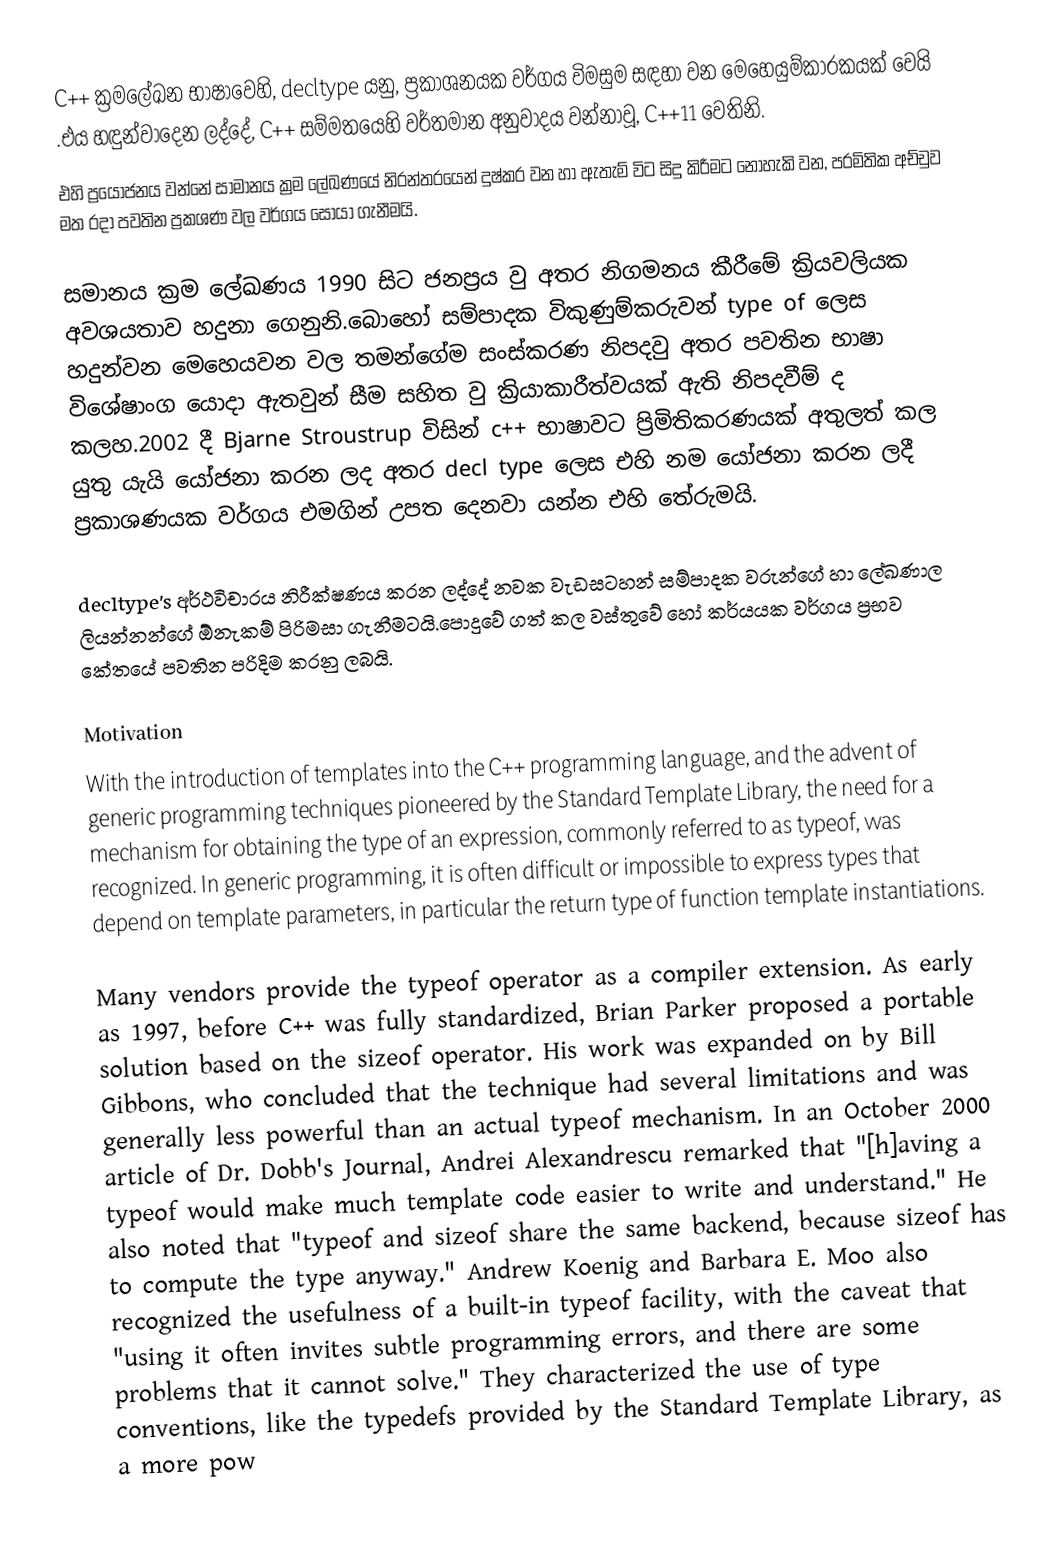
C++ ක්‍රමලේඛන භාෂාවෙහි, decltype යනු, ප්‍රකාශනයක වර්ගය විමසුම සඳහා වන මෙහෙයුම්කාරකයක් වෙයි .එය හඳුන්වාදෙන ලද්දේ,  C++ සම්මතයෙහි වර්තමාන අනුවාදය වන්නාවූ, C++11 වෙතිනි.
එහි ප්‍රයෝජනය වන්නේ සාමානය ක්‍රම ලේඛණයේ නිරන්තරයෙන් දුෂ්කර වන හා ඇතැම් විට සිදු කිරීමට නොහැකි වන, පරමිතික අච්චුව මත රදා පවතින ප්‍රකශණ වල වර්ගය සොයා ගැනීමයි.

සමානය ක්‍රම ලේඛණය 1990 සිට ජනප්‍රය වු අතර නිගමනය කීරීමේ ක්‍රියවලියක අවශයතාව හදුනා ගෙනුනි.බොහෝ සම්පාදක විකුණුම්කරුවන් type of ලෙස හදුන්වන මෙහෙයවන වල තමන්ගේම සංස්කරණ නිපදවු අතර පවතින භාෂා විශේෂාංග යොදා ඇතවුන් සීම සහිත වු ක්‍රියාකාරීත්වයක් ඇති නිපදවීම් ද කලහ.2002 දී  Bjarne Stroustrup විසින් c++ භාෂාවට ප්‍රිමිතිකරණයක් අතුලත් කල යුතු යැයි යෝජනා කරන ලද අතර decl type ලෙස එහි නම යෝජනා කරන ලදී ප්‍රකාශණයක වර්ගය එමගින් උපත දෙනවා යන්න එහි තේරුමයි.

decltype's අර්ථවිචාරය නිරීක්ෂණය කරන ලද්දේ නවක වැඩසටහන් සම්පාදක වරුන්ගේ හා ලේඛණාල ලියන්නන්ගේ ඕනැකම් පිරිමසා ගැනීමටයි.පොදුවේ ගත් කල වස්තුවේ හෝ කර්යයක වර්ගය ප්‍රභව කේතයේ පවතින පරිදිම කරනු ලබයි.

Motivation
With the introduction of templates into the C++ programming language, and the advent of generic programming techniques pioneered by the Standard Template Library, the need for a mechanism for obtaining the type of an expression, commonly referred to as typeof, was recognized. In generic programming, it is often difficult or impossible to express types that depend on template parameters, in particular the return type of function template instantiations.

Many vendors provide the typeof operator as a compiler extension. As early as 1997, before C++ was fully standardized, Brian Parker proposed a portable solution based on the sizeof operator. His work was expanded on by Bill Gibbons, who concluded that the technique had several limitations and was generally less powerful than an actual typeof mechanism. In an October 2000 article of Dr. Dobb's Journal, Andrei Alexandrescu remarked that "[h]aving a typeof would make much template code easier to write and understand." He also noted that "typeof and sizeof share the same backend, because sizeof has to compute the type anyway." Andrew Koenig and Barbara E. Moo also recognized the usefulness of a built-in typeof facility, with the caveat that "using it often invites subtle programming errors, and there are some problems that it cannot solve." They characterized the use of type conventions, like the typedefs provided by the Standard Template Library, as a more pow